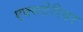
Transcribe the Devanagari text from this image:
एक्सटेरियर